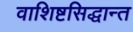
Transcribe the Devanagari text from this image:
वाशिष्टसिद्धान्त